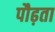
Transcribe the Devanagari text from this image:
पौढ़ता